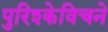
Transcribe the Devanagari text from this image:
पुरिश्केविचने